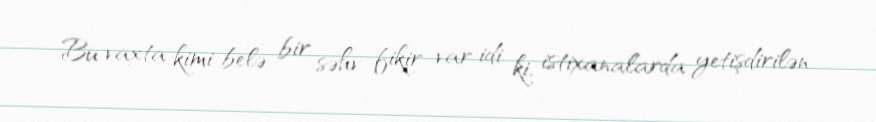
Bu vaxta kimi belə bir səhv fikir var idi ki, istixanalarda yetişdirilən